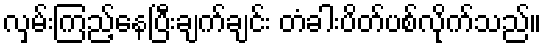
လှမ်းကြည့်နေပြီးချက်ချင်း တံခါးပိတ်ပစ်လိုက်သည်။